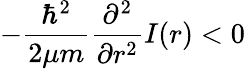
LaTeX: -\frac{\hbar^{2}}{2\mu m}\frac{\partial^{2}}{\partial r^{2}}I(r)<0